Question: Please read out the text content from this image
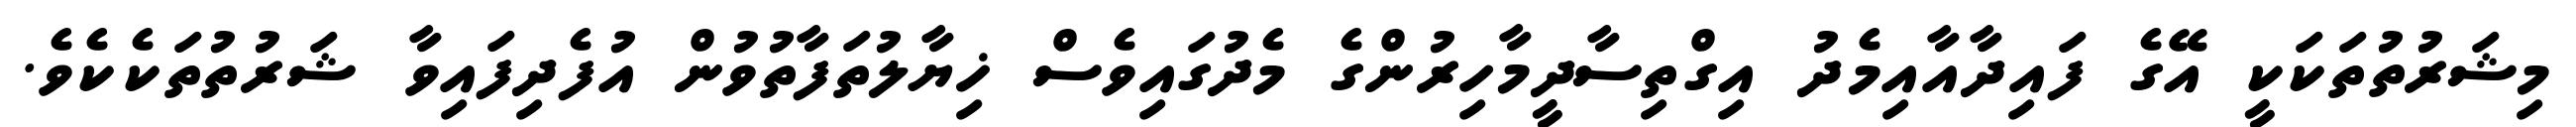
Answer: މިޝަރުތުތަކަކީ އޭގެ ފައިދާއާއިމެދު އިގްތިސާދީމާހިރުންގެ މެދުގައިވެސް ޚިޔާލުތަފާތުވުން އުފެދިފައިވާ ޝަރުތުތަކެކެވެ.